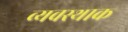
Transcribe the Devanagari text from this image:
व्यवस्थाक